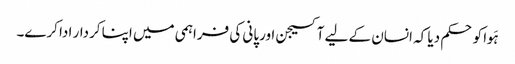
ہَوا کو حکم دیا کہ انسان کے لیے آکسیجن اورپانی کی فراہمی میں اپنا کردار ادا کرے۔